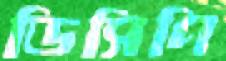
ডিসিপি